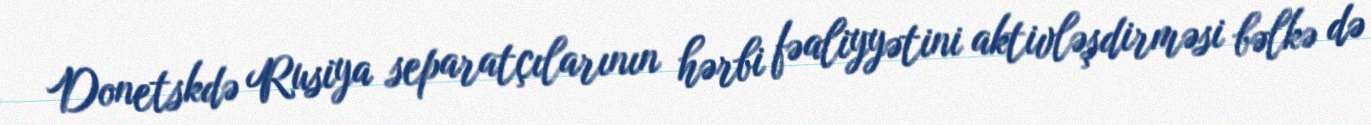
Donetskdə Rusiya separatçılarının hərbi fəaliyyətini aktivləşdirməsi bəlkə də